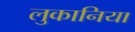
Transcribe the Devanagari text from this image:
लुकानिया